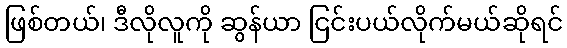
ဖြစ်တယ်၊ ဒီလိုလူကို ဆွန်ယာ ငြင်းပယ်လိုက်မယ်ဆိုရင်